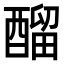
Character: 𨢇